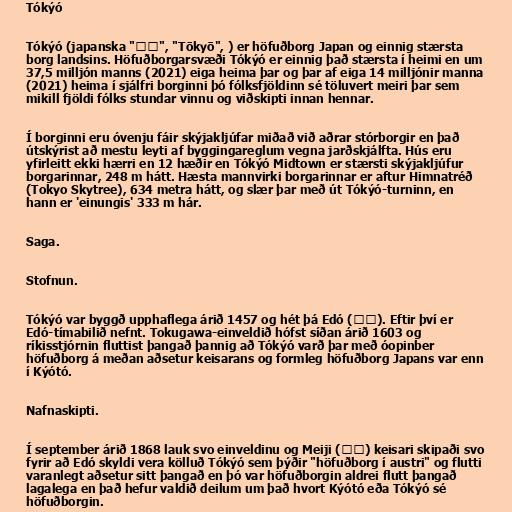
Tókýó

Tókýó (japanska "東京", "Tōkyō", ) er höfuðborg Japan og einnig stærsta
borg landsins. Höfuðborgarsvæði Tókýó er einnig það stærsta í heimi en um
37,5 milljón manns (2021) eiga heima þar og þar af eiga 14 milljónir manna
(2021) heima í sjálfri borginni þó fólksfjöldinn sé töluvert meiri þar sem
mikill fjöldi fólks stundar vinnu og viðskipti innan hennar.

Í borginni eru óvenju fáir skýjakljúfar miðað við aðrar stórborgir en það
útskýrist að mestu leyti af byggingareglum vegna jarðskjálfta. Hús eru
yfirleitt ekki hærri en 12 hæðir en Tókýó Midtown er stærsti skýjakljúfur
borgarinnar, 248 m hátt. Hæsta mannvirki borgarinnar er aftur Himnatréð
(Tokyo Skytree), 634 metra hátt, og slær þar með út Tókýó-turninn, en
hann er 'einungis' 333 m hár.

Saga.

Stofnun.

Tókýó var byggð upphaflega árið 1457 og hét þá Edó (江戸). Eftir því er
Edó-tímabilið nefnt. Tokugawa-einveldið hófst síðan árið 1603 og
ríkisstjórnin fluttist þangað þannig að Tókýó varð þar með óopinber
höfuðborg á meðan aðsetur keisarans og formleg höfuðborg Japans var enn
í Kýótó.

Nafnaskipti.

Í september árið 1868 lauk svo einveldinu og Meiji (明治) keisari skipaði svo
fyrir að Edó skyldi vera kölluð Tókýó sem þýðir "höfuðborg í austri" og flutti
varanlegt aðsetur sitt þangað en þó var höfuðborgin aldrei flutt þangað
lagalega en það hefur valdið deilum um það hvort Kýótó eða Tókýó sé
höfuðborgin.